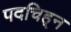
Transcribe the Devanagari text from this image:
पदचिह्‌न